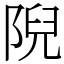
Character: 𨺙